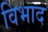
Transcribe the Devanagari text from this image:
विभाद